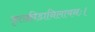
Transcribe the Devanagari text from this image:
कृतक्रीडानिलायनः।